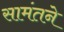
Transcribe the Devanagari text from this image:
सामंतने